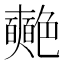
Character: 𮎞